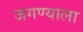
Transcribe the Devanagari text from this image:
जगण्याला